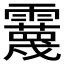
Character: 𩆪